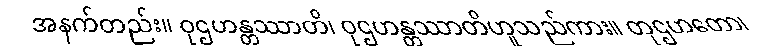
အနက်တည်း။ ဝုဌဟန္တဿာတိ၊ ဝုဌဟန္တဿာတိဟူသည်ကား။ တုဌဟတော၊